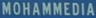
MOHAMMEDIA